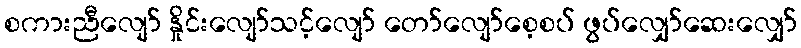
စကားညီလျော် နှိုင်းလျော်သင့်လျော် တော်လျော်စေ့စပ် ဖွပ်လျှော်ဆေးလျှော်